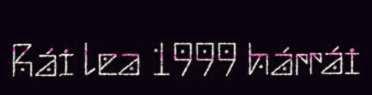
Rái lea 1999 hárrái